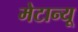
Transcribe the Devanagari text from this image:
मेटान्यू